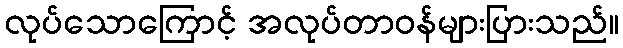
လုပ်သောကြောင့် အလုပ်တာဝန်များပြားသည်။